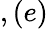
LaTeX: ,(e)